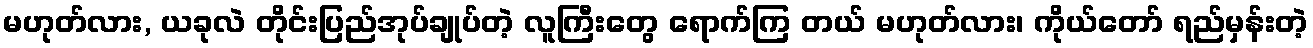
မဟုတ်လား, ယခုလဲ တိုင်းပြည်အုပ်ချုပ်တဲ့ လူကြီးတွေ ရောက်ကြ တယ် မဟုတ်လား၊ ကိုယ်တော် ရည်မှန်းတဲ့